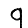
Digit: 9